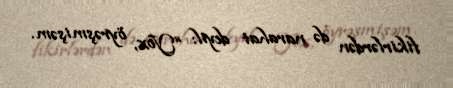
fikirlərdən də narahat deyil: “Yox, öyrəşmişəm.